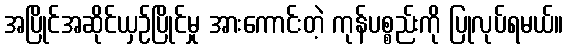
အပြိုင်အဆိုင်ယှဉ်ပြိုင်မှု အားကောင်းတဲ့ ကုန်ပစ္စည်းကို ပြုလုပ်ရမယ်။